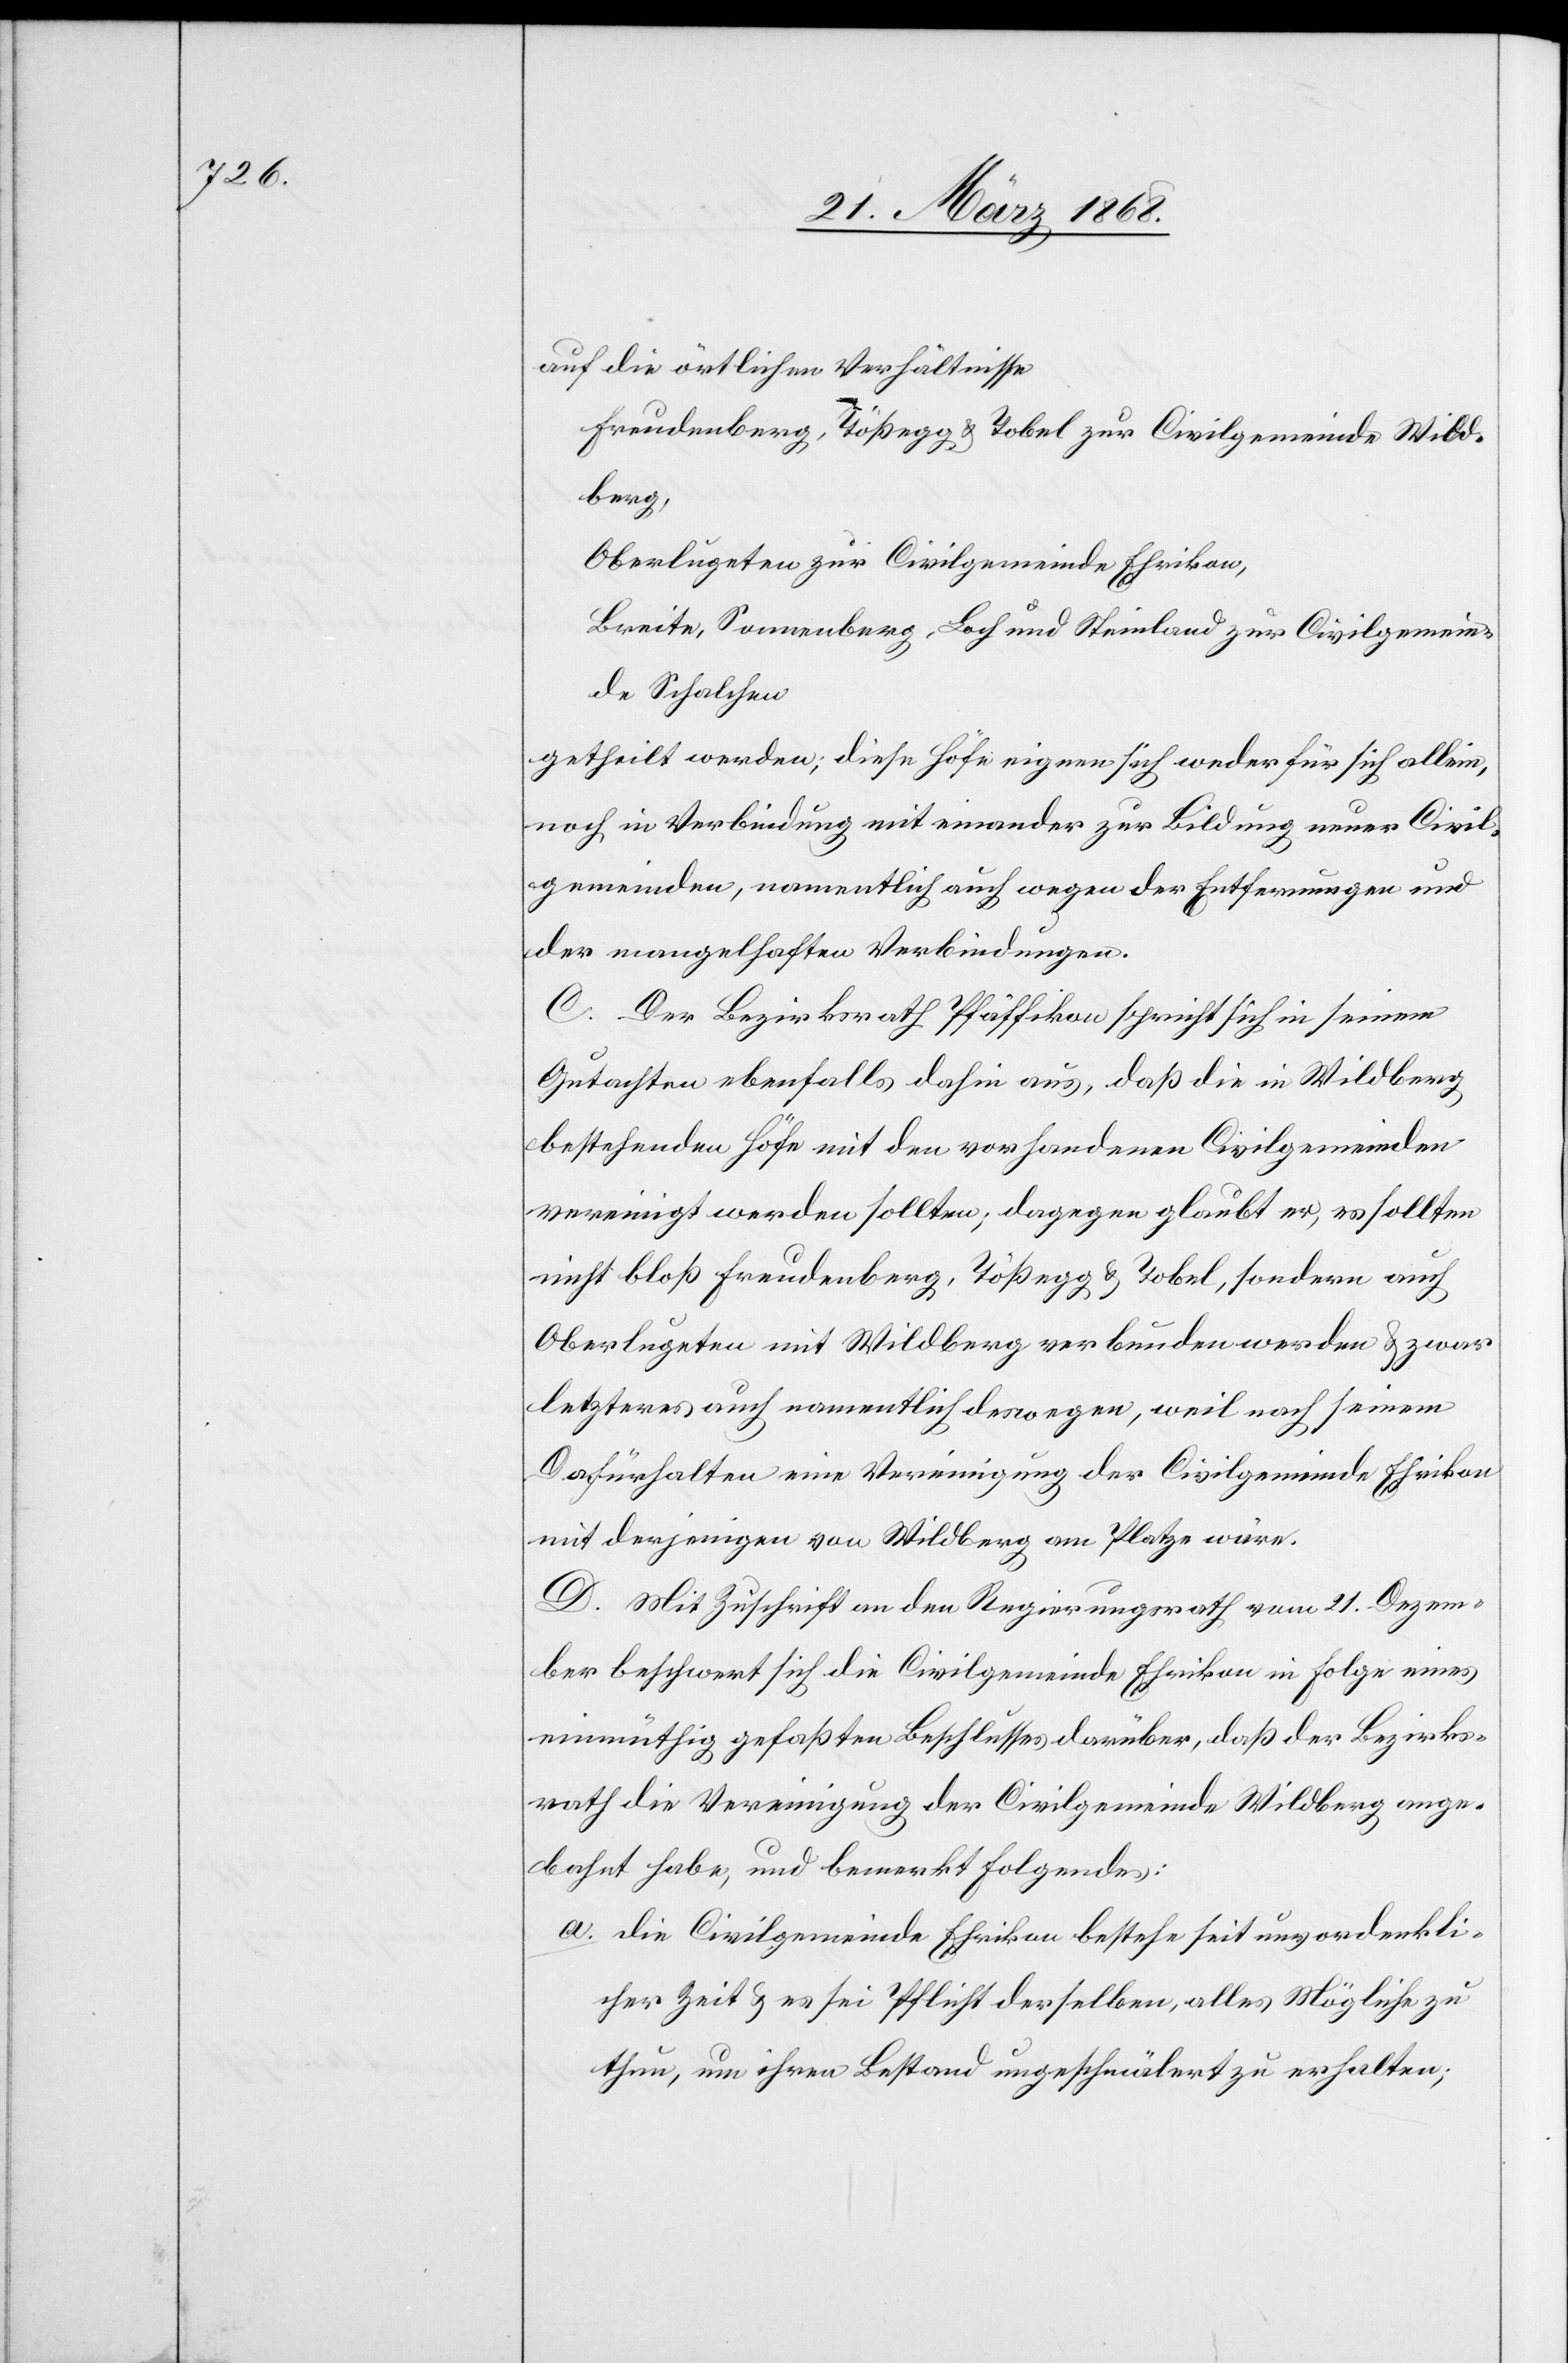
auf die örtlichen Verhältnisse
Freudenberg, Tößegg & Tobel zur Civilgemeinde Wild¬
berg,
Oberlugeten zur Civilgemeinde Ehrikon,
Breite, Sonnenberg, Loch und Steinland zur Civilgemein¬
de Schalchen
getheilt werden; diese Höfe eignen sich weder für sich allein,
noch in Verbindung mit einander zur Bildung neuer Civil¬
gemeinden, namentlich auch wegen der Entfernungen und
der mangelhaften Verbindungen.
C. Der Bezirksrath Pfäffikon spricht sich in seinem
Gutachten ebenfalls dahin aus, daß die in Wildberg
bestehenden Höfe mit den vorhandenen Civilgemeinden
vereinigt werden sollten; dagegen glaubt er, es sollten
nicht bloß Freudenberg, Tößegg & Tobel, sondern auch
Oberlugeten mit Wildberg verbunden werden & zwar
letzteres auch namentlich deswegen, weil nach seinem
Dafürhalten eine Vereinigung der Civilgemeinde Ehrikon
mit derjenigen von Wildberg am Platze wäre.
D. Mit Zuschrift an den Regierungsrath vom 21. Dezem¬
ber beschwert sich die Civilgemeinde Ehrikon in Folge eines
einmüthig gefaßten Beschlusses darüber, daß der Bezirks¬
rath die Vereinigung der Civilgemeinde Wildberg ange¬
bahnt habe, und bemerkt Folgendes:
die Civilgemeinde Ehrikon bestehe seit unvordenkli¬
cher Zeit & es sei Pflicht derselben, alles Mögliche zu
thun, um ihren Bestand ungeschmälert zu erhalten;